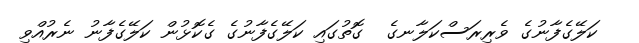
ކަލޭގެފާނުގެ ވެރިރަސްކަލާނގެ  ގޮތުގައި ކަލޭގެފާނުގެ ގެކޮޅުން ކަލޭގެފާނު ނެރުއްވި